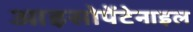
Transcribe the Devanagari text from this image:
आइसोपेंटेनाइल